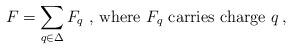
LaTeX: \begin{align*}F=\sum_{q\in\Delta}F_q \mbox{ , where }F_q \mbox{ carries charge }q\,,\end{align*}